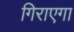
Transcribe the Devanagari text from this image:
गिराएगा